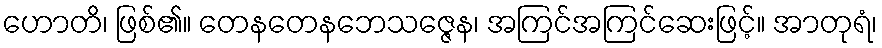
ဟောတိ၊ ဖြစ်၏။ တေနတေနဘေသဇ္ဇေန၊ အကြင်အကြင်ဆေးဖြင့်။ အာတုရံ၊